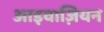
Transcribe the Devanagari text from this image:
आइवाज़ियन